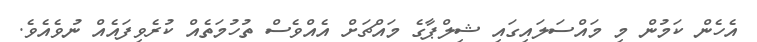
އެހެން ކަމުން މި މައްސަލައިގައި ޝިލްޕާގެ މައްޗަށް އެއްވެސް ތުހުމަތެއް ކުރެވިފައެއް ނުވެއެވެ.